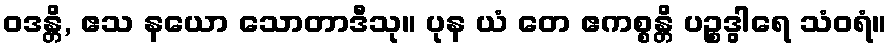
ဝဒန္တိ, ဧသ နယော သောတာဒီသု။ ပုန ယံ တေ ဧကစ္စန္တိ ပဉ္စဒွါရေ သံဝရံ။